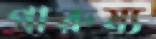
পারুষ্য